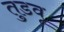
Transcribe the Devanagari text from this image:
तुडवू